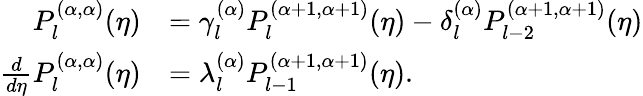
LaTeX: \begin{array}{rl}{P_{l}^{(\alpha,\alpha)}(\eta)}&{=\gamma_{l}^{(\alpha)}P_{l}^{(\alpha+1,\alpha+1)}(\eta)-\delta_{l}^{(\alpha)}P_{l-2}^{(\alpha+1,\alpha+1)}(\eta)}\\ {\frac{d}{d\eta}P_{l}^{(\alpha,\alpha)}(\eta)}&{=\lambda_{l}^{(\alpha)}P_{l-1}^{(\alpha+1,\alpha+1)}(\eta).}\end{array}